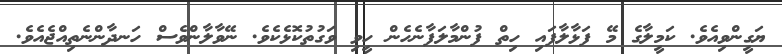
ޔަގީންވިއެވެ. ކަމީލާގެ މޭ ފަޅާލާފައި ހިތް ފުންމާލަފާނެހެން ހީވި ވަގުތުކޮޅެކެވެ. ނޭވާލާންވެސް ހަނދާންނެތިއްޖެއެވެ.